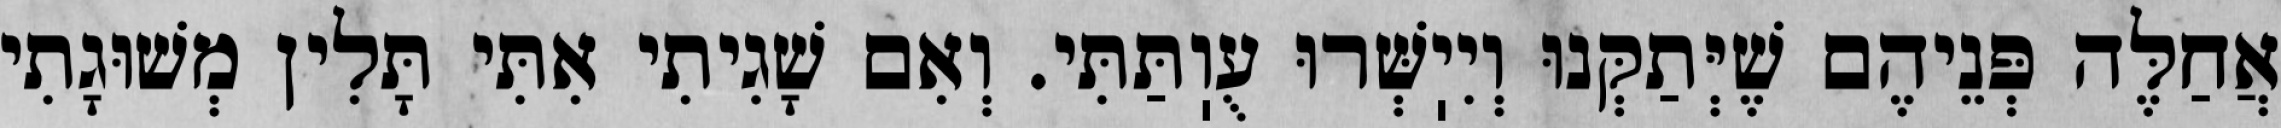
אֲחַלֶּה פְּנֵיהֶם שֶׁיְּתַקְּנוּ וְיִיֽשְּׁרוּ עֻוֽתַּתִּי. וְאִם שָׁגִיתִי אִתִּי תָּלִין מְשׁוּגָתִי